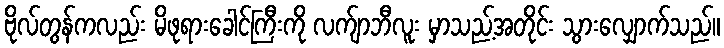
ဗိုလ်တွန်ကလည်း မိဖုရားခေါင်ကြီးကို လက်ျာဘီလူး မှာသည့်အတိုင်း သွားလျှောက်သည်။